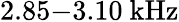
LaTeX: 2.85{-}3.10~\mathrm{kHz}